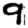
Digit: 9